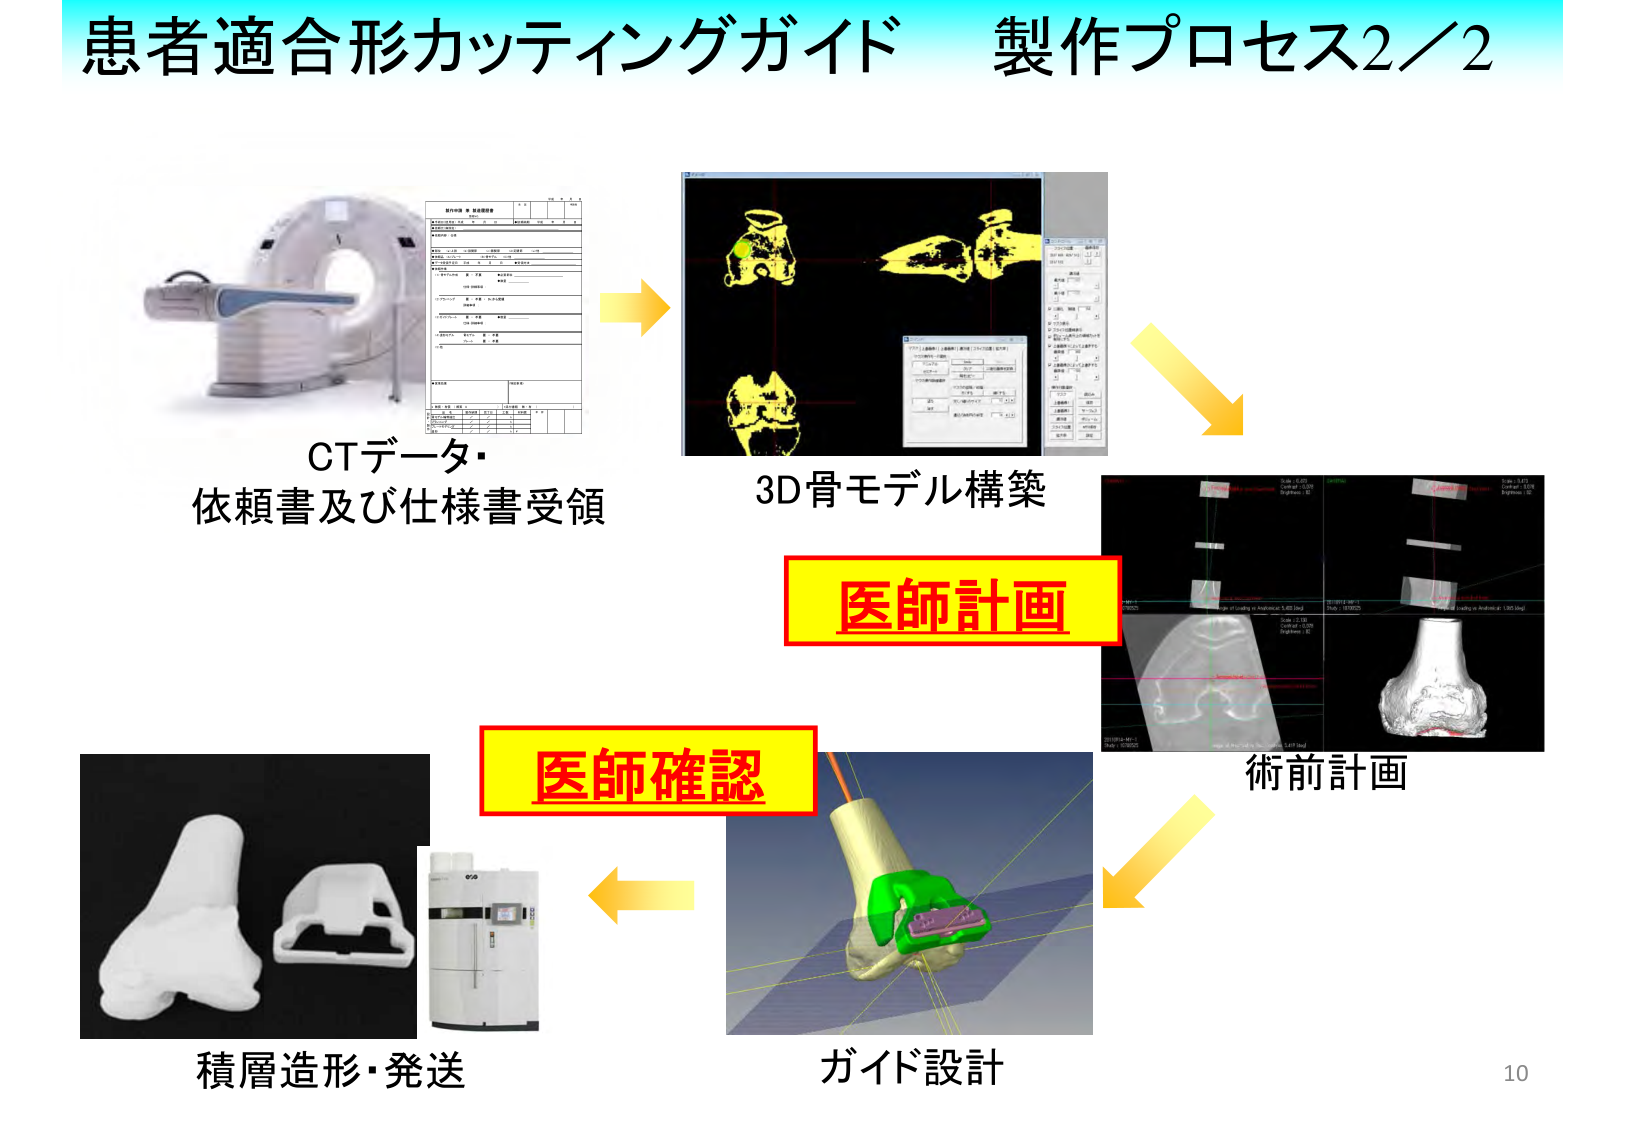
患者適合形カッティングガイド 製作プロセス2／2
CTデータ・
依頼書及び仕様書受領
3D骨モデル構築
医師計画
術前計画
ガイド設計
医師確認
積層造形・発送
10